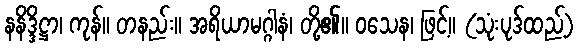
နနိဒ္ဒိဋ္ဌာ၊ ကုန်။ တနည်း။ အရိယာမဂ္ဂါနံ၊ တို့၏။ ဝသေန၊ ဖြင့်။ (သုံးပုဒ်ထည့်)